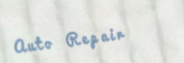
Auto Repair